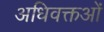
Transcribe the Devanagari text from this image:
अधिवक्तओं